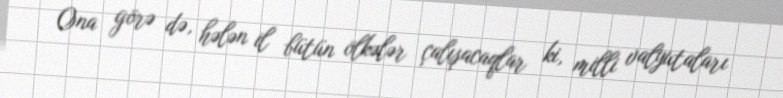
Ona görə də, hələn il bütün ölkələr çalışacaqlar ki, milli valyutaları